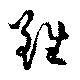
雖